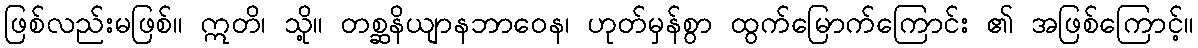
ဖြစ်လည်းမဖြစ်။ ဣတိ၊ သို့။ တစ္ဆနိယျာနဘာဝေန၊ ဟုတ်မှန်စွာ ထွက်မြောက်ကြောင်း ၏ အဖြစ်ကြောင့်။